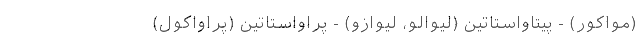
(مواکور) - پیتاواستاتین (لیوالو، لیوازو) - پراواستاتین (پراواکول)